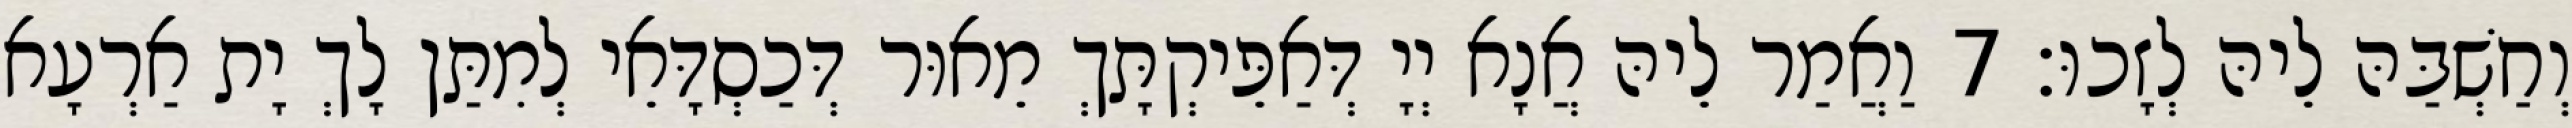
וְחַשְׁבַּהּ לֵיהּ לְזָכוּ׃ 7 וַאֲמַר לֵיהּ אֲנָא יְיָ דְּאַפֵּיקְתָּךְ מֵאוּר דְּכַסְדָּאֵי לְמִתַּן לָךְ יָת אַרְעָא